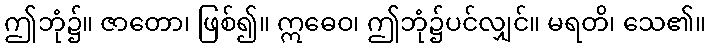
ဤဘုံ၌။ ဇာတော၊ ဖြစ်၍။ ဣဓေဝ၊ ဤဘုံ၌ပင်လျှင်။ မရတိ၊ သေ၏။